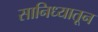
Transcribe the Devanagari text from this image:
सानिध्यातून